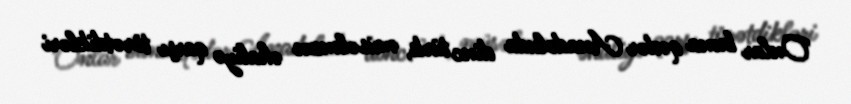
Onlar buna qədər Anadoluda dinc türk, müsəlman əhaliyə qarşı törətdikləri